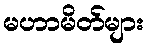
မဟာမိတ်များ